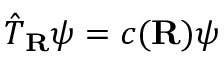
{ \hat { T } } _ { \mathbf { R } } \psi = c ( \mathbf { R } ) \psi